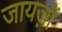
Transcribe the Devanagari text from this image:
जायज़ों